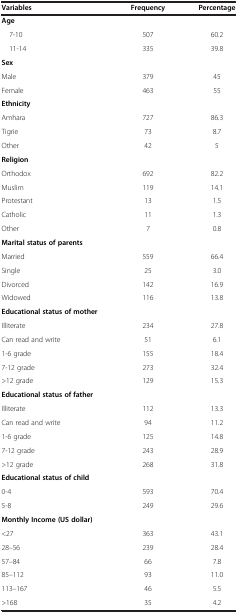
| Variables | Frequency | Percentage |
 | --- | --- | --- |
 | Age |  |  |
 | 7-10 | 507 | 60.2 |
 | 11-14 | 335 | 39.8 |
 | Sex |  |  |
 | Male | 379 | 45 |
 | Female | 463 | 55 |
 | Ethnicity |  |  |
 | Amhara | 727 | 86.3 |
 | Tigrie | 73 | 8.7 |
 | Other | 42 | 5 |
 | Religion |  |  |
 | Orthodox | 692 | 82.2 |
 | Muslim | 119 | 14.1 |
 | Protestant | 13 | 1.5 |
 | Catholic | 11 | 1.3 |
 | Other | 7 | 0.8 |
 | Marital status of parents |  |  |
 | Married | 559 | 66.4 |
 | Single | 25 | 3.0 |
 | Divorced | 142 | 16.9 |
 | Widowed | 116 | 13.8 |
 | Educational status of mother |  |  |
 | Illiterate | 234 | 27.8 |
 | Can read and write | 51 | 6.1 |
 | 1-6 grade | 155 | 18.4 |
 | 7-12 grade | 273 | 32.4 |
 | >12 grade | 129 | 15.3 |
 | Educational status of father |  |  |
 | Illiterate | 112 | 13.3 |
 | Can read and write | 94 | 11.2 |
 | 1-6 grade | 125 | 14.8 |
 | 7-12 grade | 243 | 28.9 |
 | >12 grade | 268 | 31.8 |
 | Educational status of child |  |  |
 | 0-4 | 593 | 70.4 |
 | 5-8 | 249 | 29.6 |
 | Monthly Income (US dollar) |  |  |
 | <27 | 363 | 43.1 |
 | 28–56 | 239 | 28.4 |
 | 57–84 | 66 | 7.8 |
 | 85–112 | 93 | 11.0 |
 | 113–167 | 46 | 5.5 |
 | >168 | 35 | 4.2 |